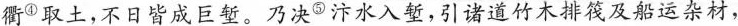
衢^{④}取土，不日皆成巨堑。乃决^{⑤}汴水入堑，引诸道竹木排筏及船运杂材，